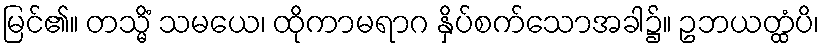
မြင်၏။ တသ္မိံ သမယေ၊ ထိုကာမရာဂ နှိပ်စက်သောအခါ၌။ ဥဘယတ္ထံပိ၊